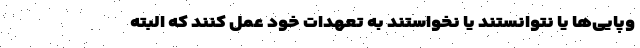
وپایی‌ها یا نتوانستند یا نخواستند به تعهدات خود عمل کنند که البته